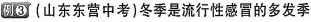
例③(山东东营中考)冬季是流行性感冒的多发季